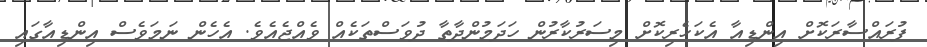
ފުރައްސާރަކޮށް އިންޑިއާ އެކަހެރިކޮށް މިސަރުކާރުން ހަދަމުންދާތާ ދުވަސްތަކެއް ވެއްޖެއެވެ. އެހެން ނަމަވެސް އިންޑިއާގައި